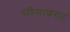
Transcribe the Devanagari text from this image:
परिमाणगत